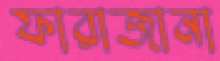
ফারাজানা